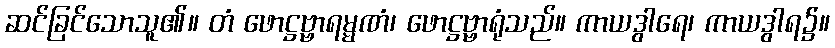
ဆင်ခြင်သောသူ၏။ တံ ဖောဋ္ဌဗ္ဗာရမ္မဏံ၊ ဖောဋ္ဌဗ္ဗာရုံသည်။ ကာယဒွါရေ၊ ကာယဒွါရ၌။